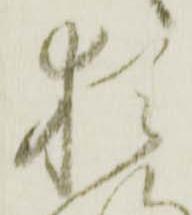
猶